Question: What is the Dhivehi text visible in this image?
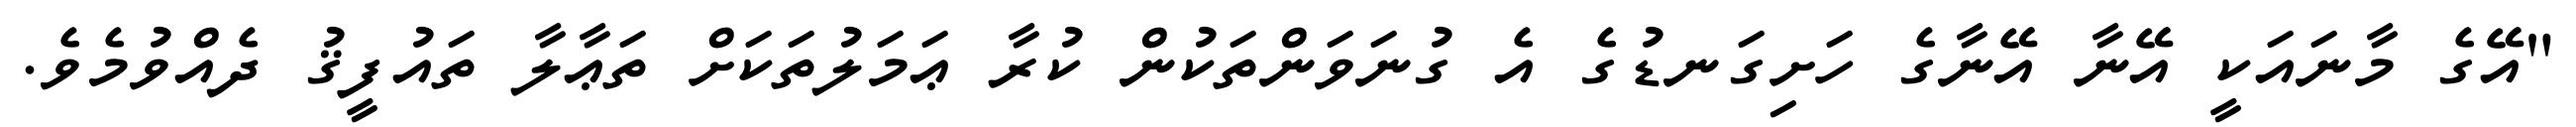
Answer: "އޭގެ މާނައަކީ އޭނާ އޭނާގެ ހަށިގަނޑުގެ އެ ގުނަވަންތަކުން ކުރާ ޢަމަލުތަކަށް ތަޢާލާ ތައުފީޤު ދެއްވުމެވެ.